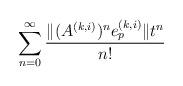
LaTeX: \begin{align*}\sum_{n=0}^{\infty} \frac{\|(A^{(k, i)})^{n} e^{(k, i)}_{p}\| t^{n}}{n!}\end{align*}